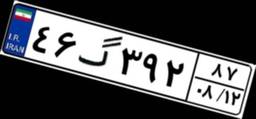
۴۶گ۳۹۲۸۷